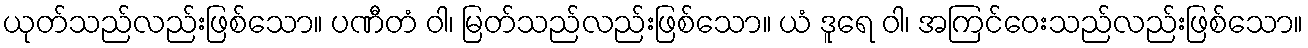
ယုတ်သည်လည်းဖြစ်သော။ ပဏီတံ ဝါ၊ မြတ်သည်လည်းဖြစ်သော။ ယံ ဒူရေ ဝါ၊ အကြင်ဝေးသည်လည်းဖြစ်သော။